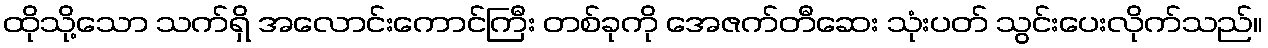
ထိုသို့သော သက်ရှိ အလောင်းကောင်ကြီး တစ်ခုကို အေဇက်တီဆေး သုံးပတ် သွင်းပေးလိုက်သည်။